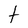
Character: t